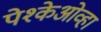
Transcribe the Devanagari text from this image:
पेश्केओव्हा